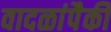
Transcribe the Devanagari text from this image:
वादळांपैकी